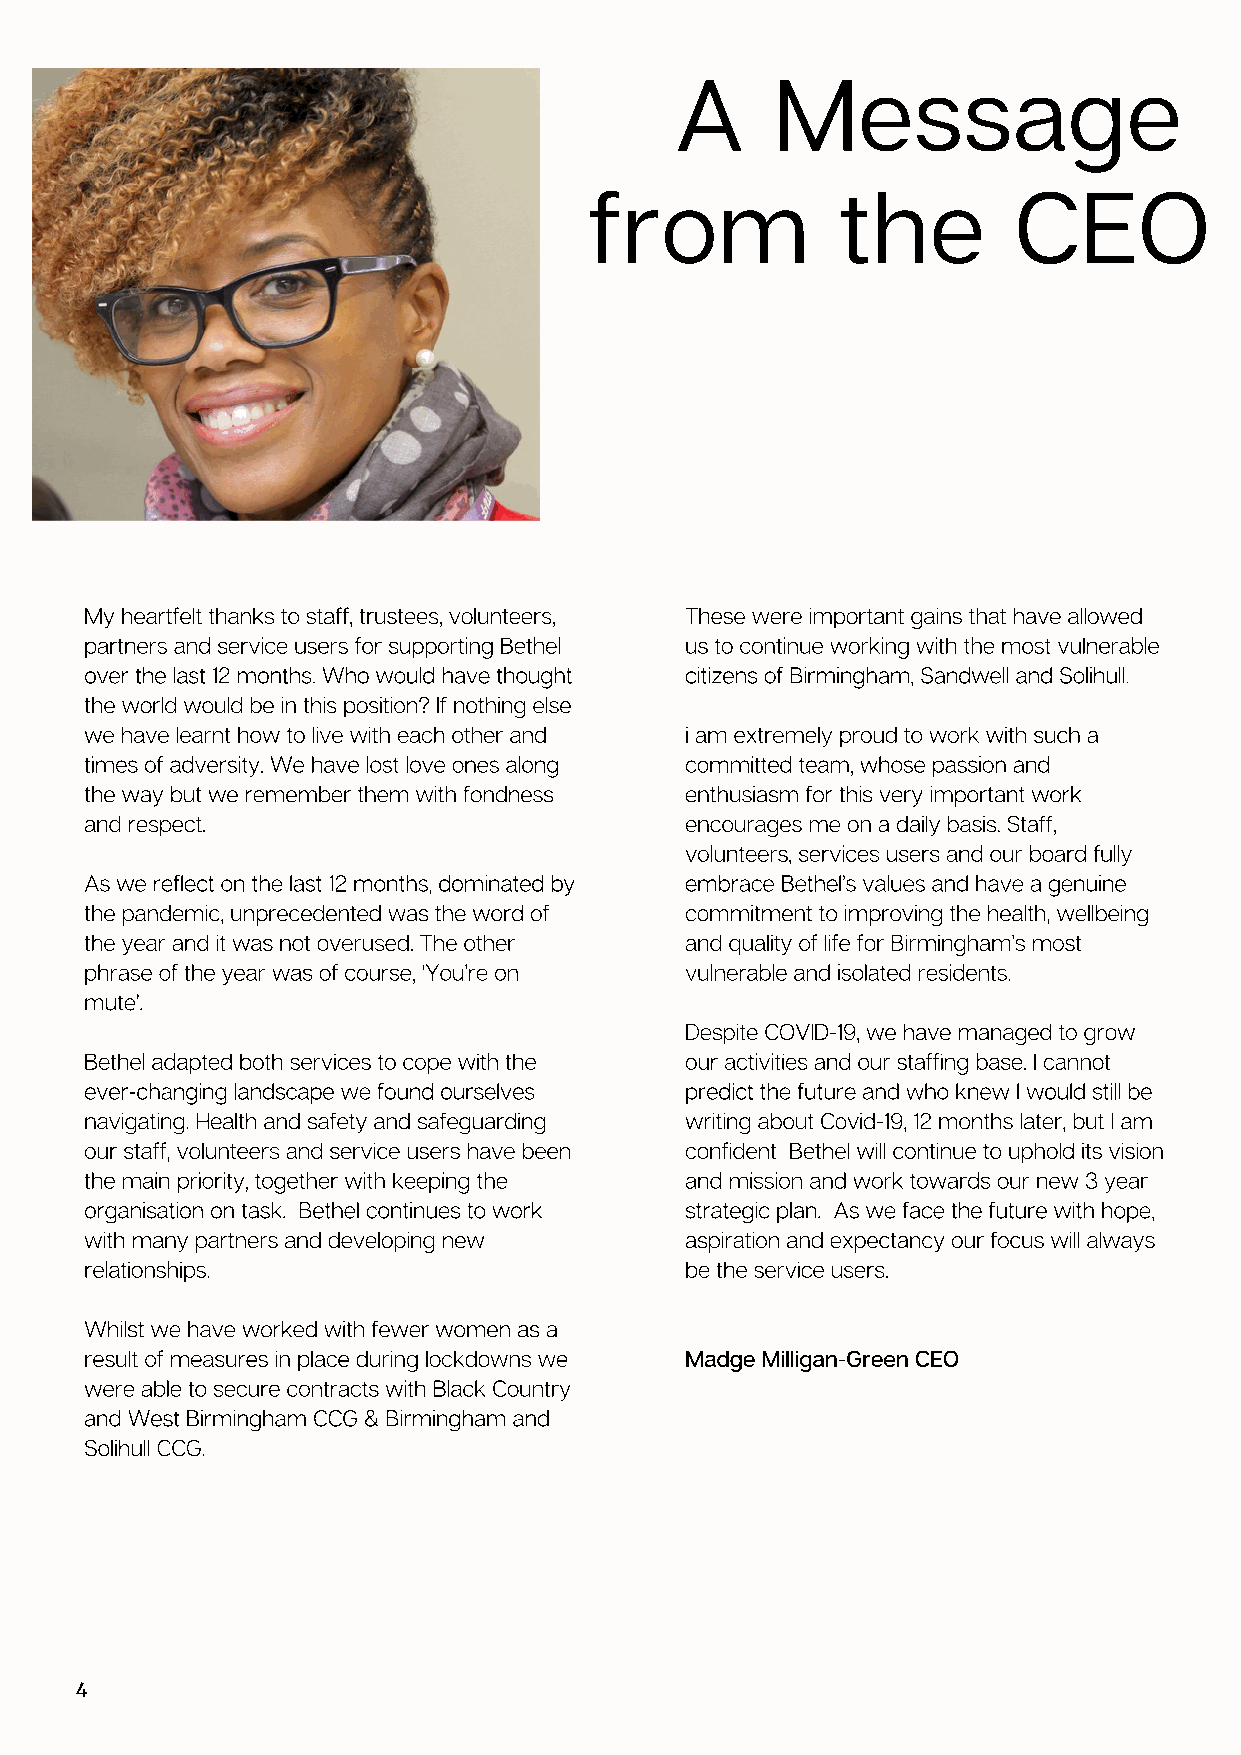
A     Message
 from             the        CEO
 My heartfelt thanks to staff, trustees, volunteers, These were important gains that have allowed
 partners and service users for supporting Bethel us to continue working with the most vulnerable
 over the last 12 months. Who would have thought citizens of Birmingham, Sandwell and Solihull.
 the world would be in this position? If nothing else
 we have learnt how to live with each other and i am extremely proud to work with such a
 times of adversity. We have lost love ones along committed team, whose passion and
 the way but we remember them with fondness enthusiasm for this very important work
 and respect.                           encourages me on a daily basis. Staff,
 volunteers, services users and our board fully
 As we reflect on the last 12 months, dominated by embrace Bethel’s values and have a genuine
 the pandemic, unprecedented was the word of commitment to improving the health, wellbeing
 the year and it was not overused. The other and quality of life for Birmingham’s most
 phrase of the year was of course, ‘You’re on vulnerable and isolated residents.
 mute’.
 Despite COVID-19, we have managed to grow
 Bethel adapted both services to cope with the our activities and our staffing base. I cannot
 ever-changing landscape we found ourselves predict the future and who knew I would still be
 navigating. Health and safety and safeguarding writing about Covid-19, 12 months later, but I am
 our staff, volunteers and service users have been confident Bethel will continue to uphold its vision
 the main priority, together with keeping the and mission and work towards our new 3 year
 organisation on task. Bethel continues to work strategic plan. As we face the future with hope,
 with many partners and developing new  aspiration and expectancy our focus will always
 relationships.                         be the service users.
 Whilst we have worked with fewer women as a
 result of measures in place during lockdowns we Madge Milligan-Green CEO
 were able to secure contracts with Black Country
 and West Birmingham CCG & Birmingham and
 Solihull CCG.
 4